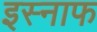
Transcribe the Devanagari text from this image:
इस्नाफ